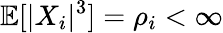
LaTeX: \mathbb{E}[|X_{i}|^{3}]=\rho_{i}<\infty